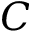
C